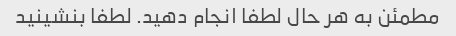
مطمئن به هر حال لطفا انجام دهید. لطفا بنشینید